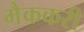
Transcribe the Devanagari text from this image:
मैककरी